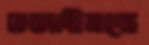
ভজাইয়াছে